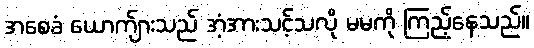
အစေခံ ယောက်ျားသည် အံ့အားသင့်သလို မမကို ကြည့်နေသည်။